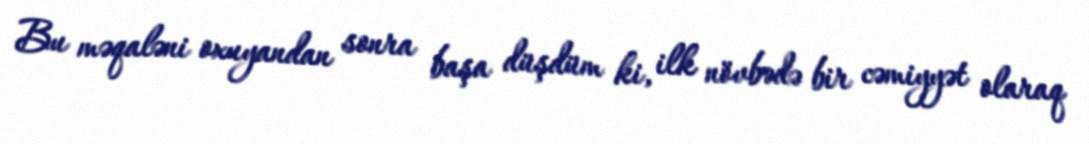
Bu məqaləni oxuyandan sonra başa düşdüm ki, ilk növbədə bir cəmiyyət olaraq